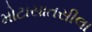
મોટાસાતસીલા